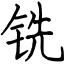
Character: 铣